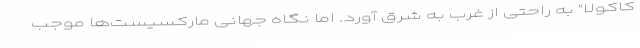
کاکولا" به راحتی از غرب به شرق آورد. اما نگاه جهانی مارکسیست‌ها موجب